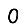
Digit: 0